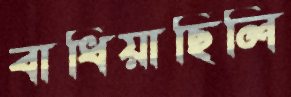
বাধিয়াছিলি